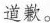
道歉。